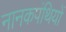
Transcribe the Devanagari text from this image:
नानकपंथियों